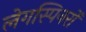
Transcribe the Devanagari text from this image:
लेगस्पिनरों